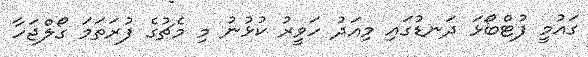
ގައުމީ ފުޓްބޯޅަ ދަނޑުގައި މިއަދު ހަވީރު ކުޅުނު މި މެޗުގެ ފުރަތަމަ ގޯލްޖަހާ